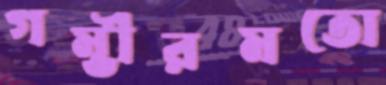
গম্ভীরমতো